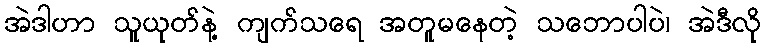
အဲဒါဟာ သူယုတ်နဲ့ ကျက်သရေ အတူမနေတဲ့ သဘောပါပဲ၊ အဲဒီလို